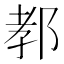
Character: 𨛨